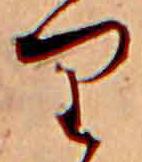
り